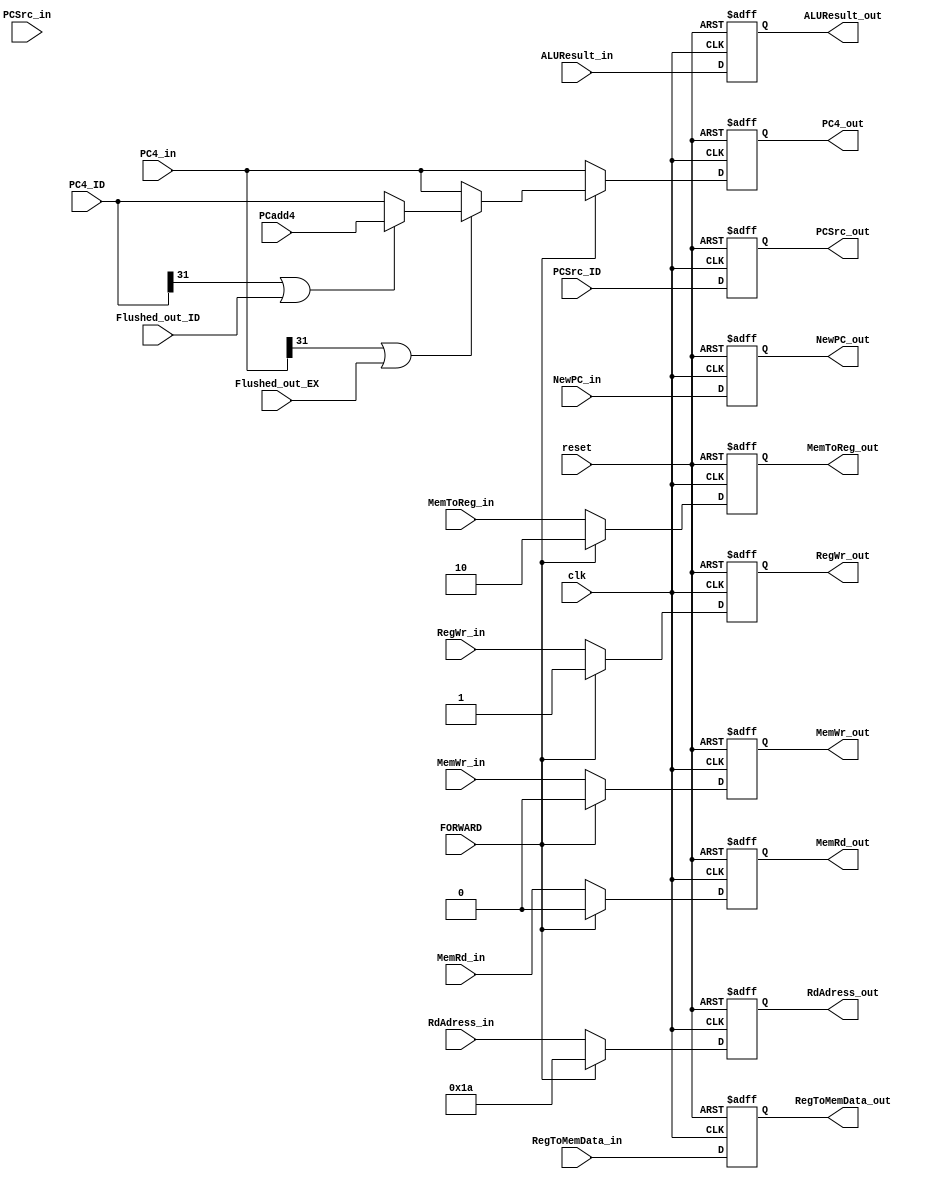
module EX_MEM_Register (clk, FORWARD, PCSrc_in, RegWr_in,
MemWr_in, MemRd_in, MemToReg_in, 
NewPC_in, PC4_in , ALUResult_in, RegToMemData_in, RdAdress_in,
PCadd4, PC4_ID, Flushed_out_ID, Flushed_out_EX,
PCSrc_out, RegWr_out, MemWr_out, MemRd_out, MemToReg_out, 
NewPC_out, PC4_out ,ALUResult_out, RegToMemData_out, RdAdress_out, reset,PCSrc_ID);

input clk,reset;
input [2:0] PCSrc_ID;
input FORWARD,Flushed_out_ID, Flushed_out_EX;
input [2:0] PCSrc_in;

input RegWr_in, MemWr_in,MemRd_in;
input [1:0] MemToReg_in;

input [31:0] NewPC_in, ALUResult_in, RegToMemData_in, PC4_in ;
input [4:0] RdAdress_in;

output [2:0] PCSrc_out;

output RegWr_out, MemWr_out,MemRd_out;
output [1:0] MemToReg_out;
input [31:0] PCadd4, PC4_ID; //wk10upd TODO: are these input?
output [31:0] NewPC_out, ALUResult_out, RegToMemData_out, PC4_out;
output [4:0] RdAdress_out;

reg [2:0] PCSrc_reg;
reg RegWr_reg, MemWr_reg,MemRd_reg;
reg [1:0] MemToReg_reg;

reg [31:0] NewPC_reg, ALUResult_reg, RegToMemData_reg, PC4_reg;
reg [4:0] RdAdress_reg;

always @(posedge clk or negedge reset) begin
	if(~reset) begin
		PCSrc_reg = 0;
		RegWr_reg = 0; 
		MemWr_reg = 0; 
		MemRd_reg = 0; 
		MemToReg_reg = 0; 
		NewPC_reg = 32'h80000004;//TODO 
		PC4_reg = 32'h80000004;
		ALUResult_reg = 0; 
		RegToMemData_reg = 0; 
		RdAdress_reg = 0;
	end
	else begin 
	if (FORWARD) begin
		
		RegWr_reg = 1; 
		MemWr_reg = 0; 
		MemRd_reg = 0; 
		MemToReg_reg = 2; 
		
		PC4_reg = (PC4_in[31]||Flushed_out_EX)?((PC4_ID[31]||Flushed_out_ID)?PCadd4:PC4_ID):PC4_in;//wk10upd TODO: what's the meaning?
		RdAdress_reg = 26;//Xp
	end
	else begin

		RegWr_reg = RegWr_in; 
		MemWr_reg = MemWr_in; 
		MemRd_reg = MemRd_in; 
		MemToReg_reg = MemToReg_in; 
		PC4_reg = PC4_in;

		RdAdress_reg = RdAdress_in;
	end
	PCSrc_reg = PCSrc_ID;
	NewPC_reg = NewPC_in;//TODO 
	ALUResult_reg = ALUResult_in; 
    RegToMemData_reg = RegToMemData_in; 
	end
end

assign PCSrc_out = PCSrc_reg;
assign RegWr_out = RegWr_reg; 
assign MemWr_out = MemWr_reg; 
assign MemRd_out = MemRd_reg; 
assign MemToReg_out = MemToReg_reg; 
assign NewPC_out = NewPC_reg; 
assign PC4_out = PC4_reg;
assign ALUResult_out = ALUResult_reg; 
assign RegToMemData_out = RegToMemData_reg; 
assign RdAdress_out = RdAdress_reg;
endmodule